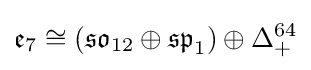
{\mathfrak {e}}_{7}\cong ({\mathfrak {so}}_{12}\oplus {\mathfrak {sp}}_{1})\oplus \Delta _{+}^{64}